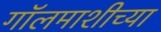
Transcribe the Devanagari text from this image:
गॉलमाशीच्या